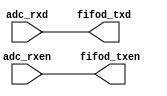
// #region 
//////////////////////////////////////////////////////////////////////////////////
//                                                                              //
//                                                                              //
//      Please feel free to contact me if there are BUGs in my program.         //
//      For I know they are everywhere.                                         //
//      I can do nothing but encourage you to debug desperately.                //
//      GOOD LUCK, HAVE FUN!!                                                   //
//////////////////////////////////////////////////////////////////////////////////
//                                                                              //
//                              SJTU BCI-Lab 205                                //
//                            All rights reserved                               //
//                                                                              //
//////////////////////////////////////////////////////////////////////////////////
// adc2fifod.v:
//  ADC-II FIFO_DATA

//////////////////////////////////////////////////////////////////////////////////
// #endregion 
module adc2fifod ( // WRITE DONE

    output [7:0] fifod_txd,
    output fifod_txen,
    input adc_rxen,
    input [7:0] adc_rxd
);

    assign fifod_txd = adc_rxd;
    assign fifod_txen = adc_rxen;
    
endmodule